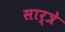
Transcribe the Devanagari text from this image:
सार्त्रे